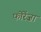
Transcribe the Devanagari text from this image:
फोरेंज़ा